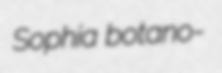
Sophia botano-